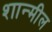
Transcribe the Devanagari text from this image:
शान्मील